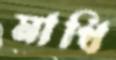
মাখি